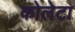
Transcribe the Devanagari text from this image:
कोलेटा